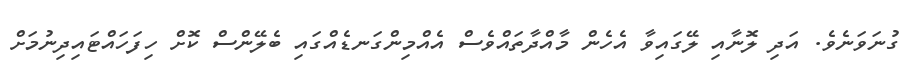
ގުނަވަނެވެ. އަދި ލޮނާއި ލޭގައިވާ އެހެން މާއްދާތައްވެސް އެއްމިންގަނޑެއްގައި ބެލޭންސް ކޮށް ހިފަހައްޓައިދިނުމަށް